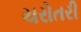
ચરોતરી